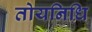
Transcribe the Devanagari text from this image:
तोयनिधि